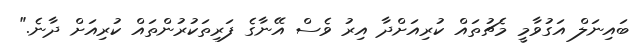
ބައިނަލް އަގުވާމީ މެޗުތައް ކުރިއަށްދާ އިރު ވެސް އޭނާގެ ފަރިތަކުރުންތައް ކުރިއަށް ދާނެ."